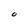
Character: O